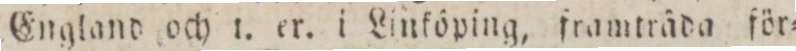
England och i. er. i Linköping, framträda för=